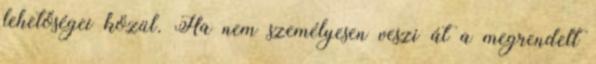
lehetőségei közül. Ha nem személyesen veszi át a megrendelt